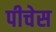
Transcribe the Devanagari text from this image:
पीचेस